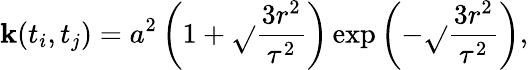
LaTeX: \mathbf{k}(t_{i},t_{j})=a^{2}\left(1+\sqrt{}{{\frac{{3r^{2}}}{{\tau^{2}}}}}\right)\exp{\left(-\sqrt{}{{\frac{{3r^{2}}}{{\tau^{2}}}}}\right)},